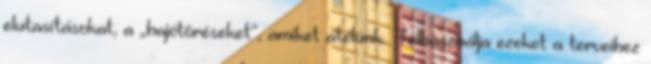
elutasításokat, a „hajótöréseket”, amiket átélünk. Felhasználja ezeket a terveihez